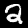
Label: 2